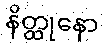
နိတ္ထုနော